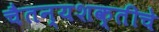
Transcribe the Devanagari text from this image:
चैतन्यशक्तीचे